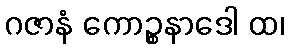
ဂဇာနံ ကောဉ္စနာဒေါ ထ၊